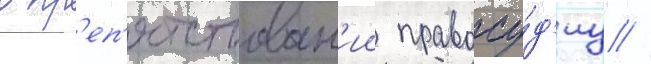
в пр'еп'ятствован'ии правосу́д'иу //